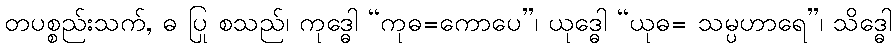
တပစ္စည်းသက်, ဓ ပြု စသည်၊ ကုဒ္ဓေါ “ကုဓ=ကောပေ”၊ ယုဒ္ဓေါ “ယုဓ= သမ္ပဟာရေ”၊ သိဒ္ဓေါ